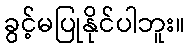
ခွင့်မပြုနိုင်ပါဘူး။